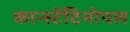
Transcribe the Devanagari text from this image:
कान्स्टेंटिनोपल